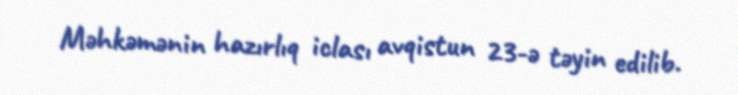
Məhkəmənin hazırlıq iclası avqistun 23-ə təyin edilib.